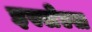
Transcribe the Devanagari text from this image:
इस्सेल्स